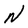
Character: N